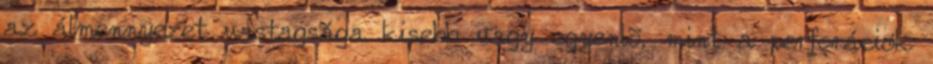
az álmennyezet vastagsága kisebb vagy egyenlõ, mint a perforációk